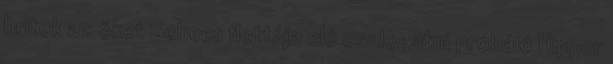
britek az őket Scheer flottája elé csalogatni próbáló Hipper